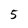
Character: 5